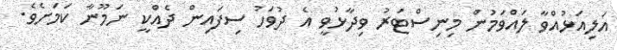
އަލިއަޅުއްވާ ލައްވަމުން މިނިސްޓަރު ވިދާޅުވީ އެ ދުވަހު ސިފައިން ދެއްކީ ނަމޫނާ ކަމަށެވެ.